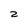
Character: Z